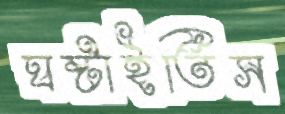
ঘষ্‌টাইতিস